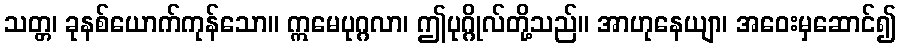
သတ္တ၊ ခုနစ်ယောက်ကုန်သော။ ဣမေပုဂ္ဂလာ၊ ဤပုဂ္ဂိုလ်တို့သည်။ အာဟုနေယျာ၊ အဝေးမှဆောင်၍